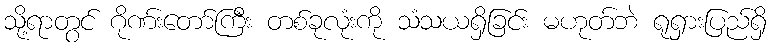
သို့ရာတွင် ဂိုဏ်းတော်ကြီး တစ်ခုလုံးကို သံသယရှိခြင်း မဟုတ်ဘဲ ရုရှားပြည်ရှိ